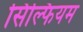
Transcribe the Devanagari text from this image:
सिल्फियम